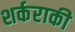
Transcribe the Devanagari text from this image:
शर्कराकी